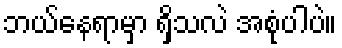
ဘယ်နေရာမှာ ရှိသလဲ အစုံပါပဲ။